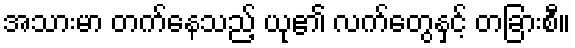
အသားမာ တက်နေသည့် ယု၏ လက်တွေနှင့် တခြားစီ။